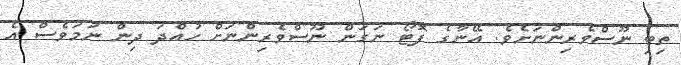
ތިބި ނޫސްވެރިންނަށެވެ. އޭނާގެ ފޮޓޯ ނަގަން ނޫސްވެރިންނަށް ހުއްދަ ދިން ނަމަވެސް އެ